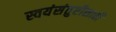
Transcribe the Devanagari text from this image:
स्वयंसंतुष्टीसाठी